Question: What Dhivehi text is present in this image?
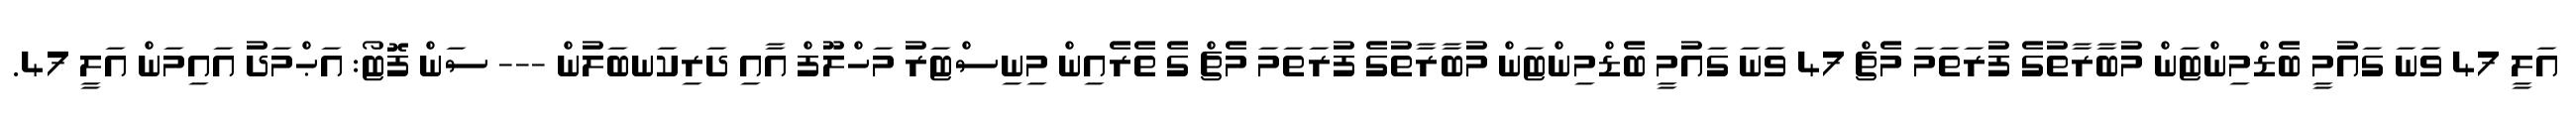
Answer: އަލީ 47 ވަނަ ގައުމީ ބެޑްމިންޓަން މުބާރާތުގެ ފުރަތަމަ މެޗް 47 ވަނަ ގައުމީ ބެޑްމިންޓަން މުބާރާތުގެ ފުރަތަމަ މެޗް ގެ ތެރެއިން މިނިސްޓަރު މަހްލޫފް އާއި ދަރިކަނބަލުން --- ސަން ފޮޓޯ: އަޙްމަދު އައިމަން އަލީ 47.